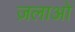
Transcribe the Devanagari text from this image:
ज़लाओं